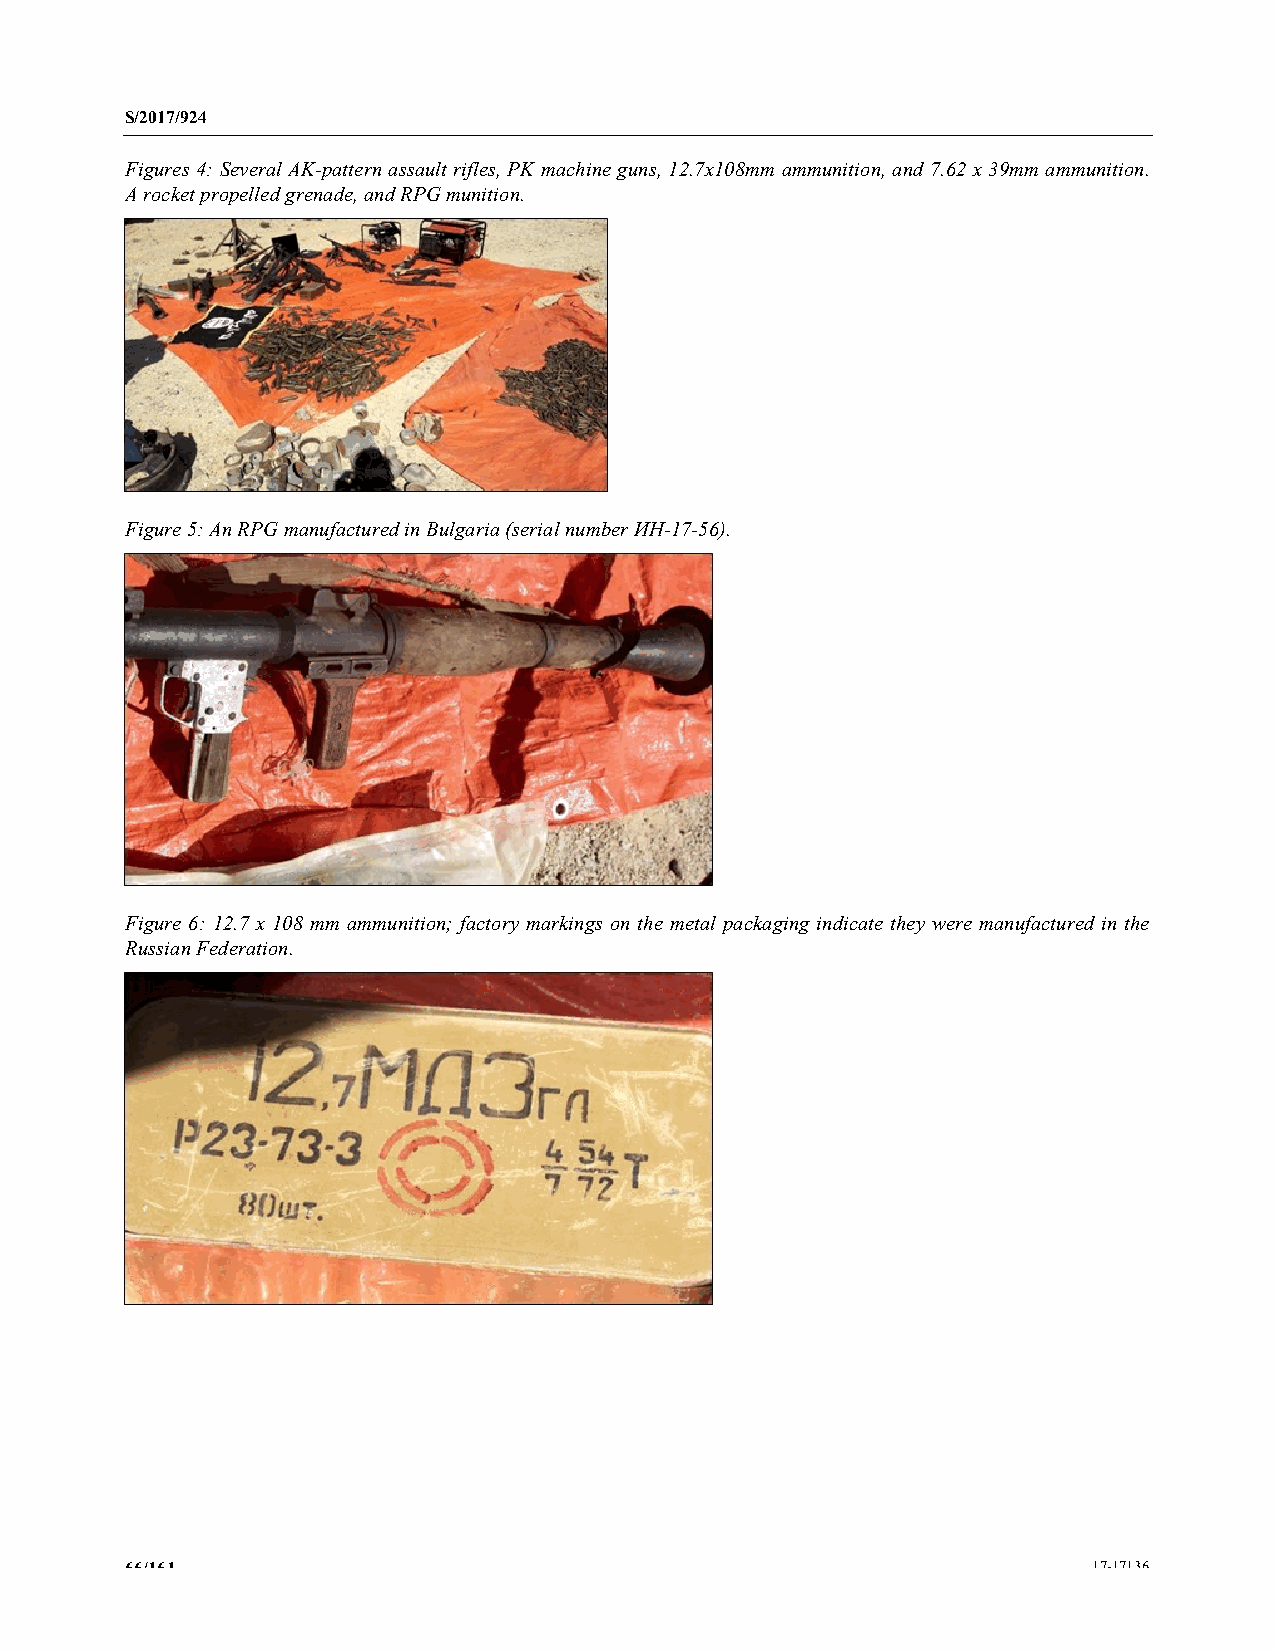
S/2017/924
 Figures 4: Several AK-pattern assault rifles, PK machine guns, 12.7x108mm ammunition, and 7.62 x 39mm ammunition.
 A rocket propelled grenade, and RPG munition.
 Figure 5: An RPG manufactured in Bulgaria (serial number ИH-17-56).
 Figure 6: 12.7 x 108 mm ammunition; factory markings on the metal packaging indicate they were manufactured in the
 Russian Federation.
 66/161                                                          17-17136